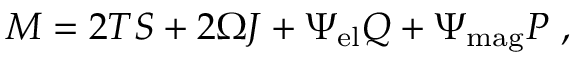
M = 2 T S + 2 \Omega J + \Psi _ { \mathrm { e l } } Q + \Psi _ { \mathrm { m a g } } P \ ,